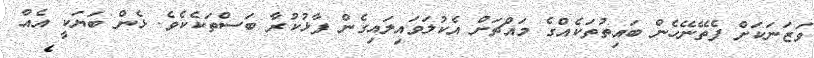
ވަޒަނަކަށް ފެތޭނޭހެން ބައިތުތަކެއްގެ މައްޗަށް އެކުލަވައިލައިގެން ފާޅުކުރާ ބަސްތަކެކެވެ. ޅެން ބަޔަކީ އެއް